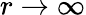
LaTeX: r\rightarrow\infty